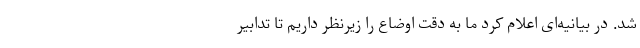
شد. در بیانیه‌ای اعلام کرد ما به دقت اوضاع را زیرنظر داریم تا تدابیر